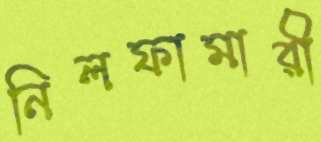
নিলফামারী